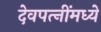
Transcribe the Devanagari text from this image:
देवपत्‍नींमध्ये